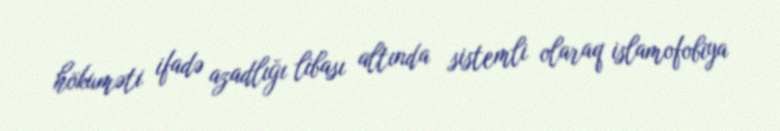
hökuməti ifadə azadlığı libası altında sistemli olaraq islamofobiya